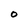
Character: O